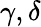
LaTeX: \gamma,\delta